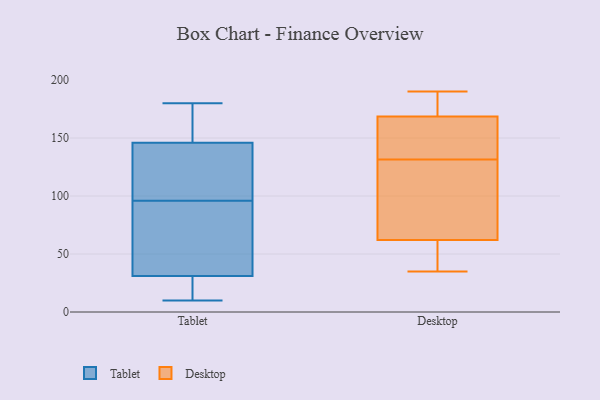
{"axis": {"x": "Budget (USD K)", "y": "Value"}, "legend": ["Desktop", "Tablet"], "data": [{"x": "", "y": 10, "type": "Tablet"}, {"x": "", "y": 28, "type": "Tablet"}, {"x": "", "y": 82, "type": "Tablet"}, {"x": "", "y": 147, "type": "Tablet"}, {"x": "", "y": 31, "type": "Tablet"}, {"x": "", "y": 110, "type": "Tablet"}, {"x": "", "y": 139, "type": "Tablet"}, {"x": "", "y": 40, "type": "Tablet"}, {"x": "", "y": 12, "type": "Tablet"}, {"x": "", "y": 180, "type": "Tablet"}, {"x": "", "y": 146, "type": "Tablet"}, {"x": "", "y": 157, "type": "Tablet"}, {"x": "", "y": 72, "type": "Tablet"}, {"x": "", "y": 110, "type": "Tablet"}, {"x": "", "y": 158, "type": "Desktop"}, {"x": "", "y": 164, "type": "Desktop"}, {"x": "", "y": 185, "type": "Desktop"}, {"x": "", "y": 143, "type": "Desktop"}, {"x": "", "y": 66, "type": "Desktop"}, {"x": "", "y": 58, "type": "Desktop"}, {"x": "", "y": 51, "type": "Desktop"}, {"x": "", "y": 120, "type": "Desktop"}, {"x": "", "y": 173, "type": "Desktop"}, {"x": "", "y": 190, "type": "Desktop"}, {"x": "", "y": 35, "type": "Desktop"}, {"x": "", "y": 113, "type": "Desktop"}]}